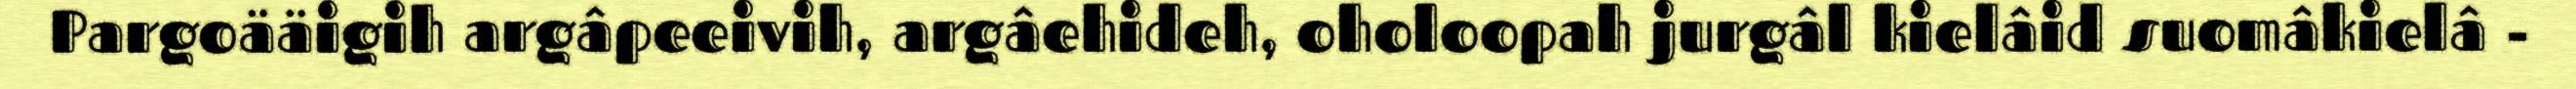
Pargoääigih argâpeeivih, argâehideh, oholoopah jurgâl kielâid suomâkielâ -